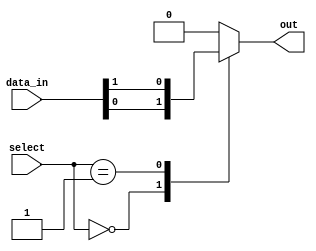
module mux_1024to1 (
    input [1023:0] data_in,
    input [9:0] select,
    output reg out
);

always @(*) begin
    case (select)
        10'b0000000000: out = data_in[0];
        10'b0000000001: out = data_in[1];
        // Add cases for all 1024 inputs
        // ...
        default: out = 1'b0; // default case if select is not within 0-1023
    endcase
end

endmodule